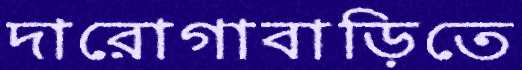
দারোগাবাড়িতে